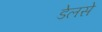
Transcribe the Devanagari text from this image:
डेलसे